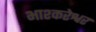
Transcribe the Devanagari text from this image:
भाश्करेश्वर